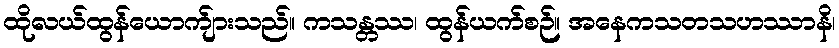
ထိုလယ်ထွန်ယောက်ျားသည်။ ကသန္တဿ၊ ထွန်ယက်စဉ်။ အနေကသတသဟဿာနိ၊